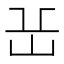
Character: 𡵽